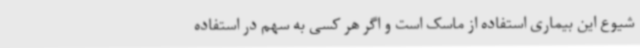
شیوع این بیماری استفاده از ماسک است و اگر هر کسی به سهم در استفاده